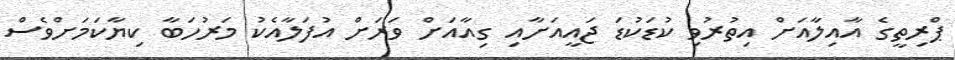
ޕްރިތީގެ އާއިލާއަށް އިތުރުވި ކުޑަކުޑަ ޖައީއަށާއި ގިއާއަށް ވަރަށް އުފަލާއެކު މަރުހަބާ ކިޔާކަމަށްވެސް